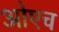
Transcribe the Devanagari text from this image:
ओएच